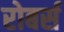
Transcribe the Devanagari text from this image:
रोबर्स